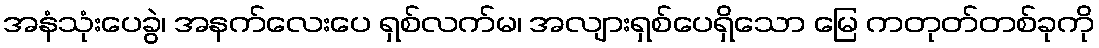
အနံသုံးပေခွဲ၊ အနက်လေးပေ ရှစ်လက်မ၊ အလျားရှစ်ပေရှိသော မြေ ကတုတ်တစ်ခုကို